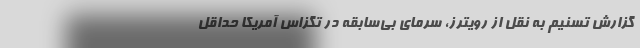
گزارش تسنیم به نقل از رویترز، سرمای بی‌سابقه در تگزاس آمریکا حداقل